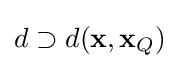
d\supset d(\mathbf {x} ,\mathbf {x} _{Q})